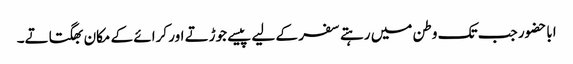
اباحضور جب تک وطن میں رہتے سفر کے لیے پیسے جوڑتے اور کرائے کے مکان بھگتاتے۔